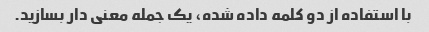
با استفاده از دو کلمه داده شده، یک جمله معنی دار بسازید.